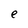
Character: e